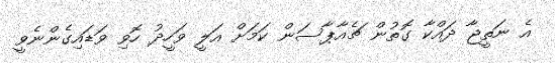
އެ ނަތީޖާ ދައްކާ ގޮތުން ޗެއާޕާސަން ކަމަށް އަލީ ވަހީދު ހޮވި ވަޑައިގެންނެވީ